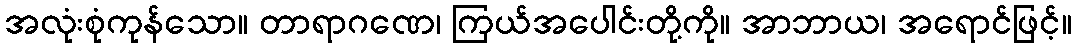
အလုံးစုံကုန်သော။ တာရာဂဏေ၊ ကြယ်အပေါင်းတို့ကို။ အာဘာယ၊ အရောင်ဖြင့်။